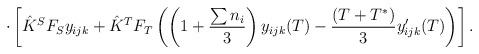
LaTeX: \begin{align*}\cdot \left[\hat{K}^SF_S y_{ijk} + \hat{K}^TF_T \left(\left(1+ \frac{\sum n_i}{3}\right) y_{ijk}(T) - \frac{(T+T^*)}{3} y'_{ijk}(T) \right)\right].\end{align*}